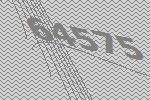
64575